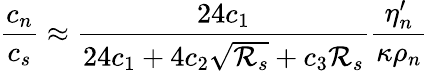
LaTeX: \frac{c_{n}}{c_{s}}\approx\frac{24c_{1}}{24c_{1}+4c_{2}\sqrt{{\cal R}_{s}}+c_{3}{\cal R}_{s}}\frac{\eta_{n}^{\prime}}{\kappa\rho_{n}}